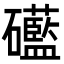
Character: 礷